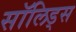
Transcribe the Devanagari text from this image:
सॉलिड्स